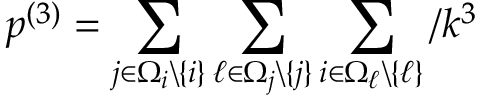
p ^ { ( 3 ) } = \sum _ { j \in \Omega _ { i } \backslash \{ i \} } \sum _ { \ell \in \Omega _ { j } \backslash \{ j \} } \sum _ { i \in \Omega _ { \ell } \backslash \{ \ell \} } / k ^ { 3 }